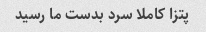
پتزا کاملا سرد بدست ما رسید